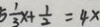
5 \frac { 1 } { 3 } x + \frac { 1 } { 2 } = 4 x